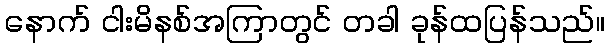
နောက် ငါးမိနစ်အကြာတွင် တခါ ခုန်ထပြန်သည်။